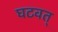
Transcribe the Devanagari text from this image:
घटवत्